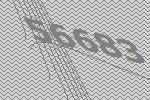
56683